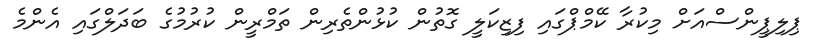
ޕިލިޕީންސްއަށް މިކުރާ ކޭމްޕްގައި ފިޒިކަލީ ގޮތުން ކުޅުންތެރިން ތަމްރީން ކުރުމުގެ ބަދަލްގައި އެންމެ